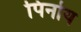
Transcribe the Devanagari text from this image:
पिनोय